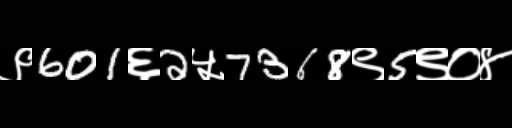
Text: ९601६2५7368९5९०४